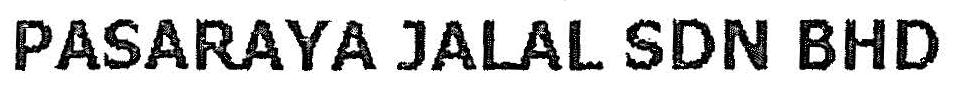
PASARAYA JALAL SDN BHD